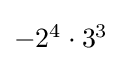
\textstyle -2^{4}\cdot 3^{3}